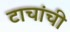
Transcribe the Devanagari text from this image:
टाचांची